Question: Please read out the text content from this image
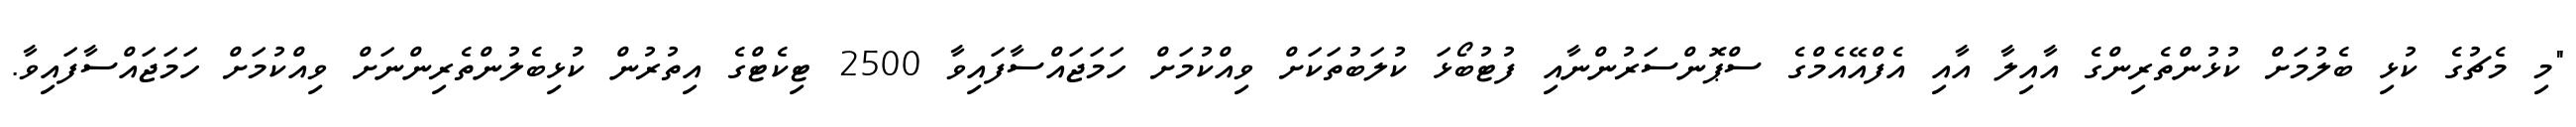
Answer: "މި މެޗުގެ ކުޅި ބެލުމަށް ކުޅުންތެރިންގެ އާއިލާ އާއި އެފްއޭއެމްގެ ސްޕޮންސަރުންނާއި ފުޓުބޯޅަ ކުލަބުތަކަށް ވިއްކުމަށް ހަމަޖައްސާފައިވާ 2500 ޓިކެޓްގެ އިތުރުން ކުޅިބެލުންތެރިންނަށް ވިއްކުމަށް ހަމަޖައްސާފައިވާ.